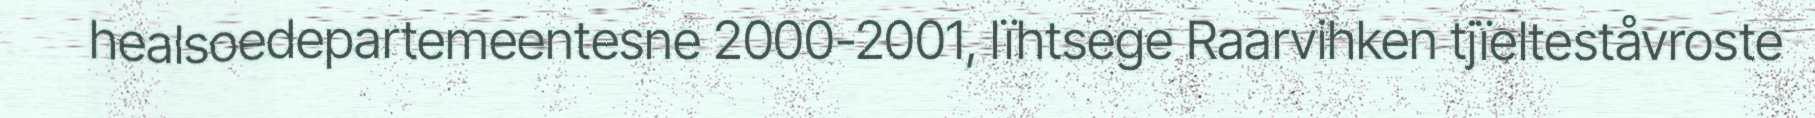
healsoedepartemeentesne 2000-2001, lïhtsege Raarvihken tjïelteståvroste